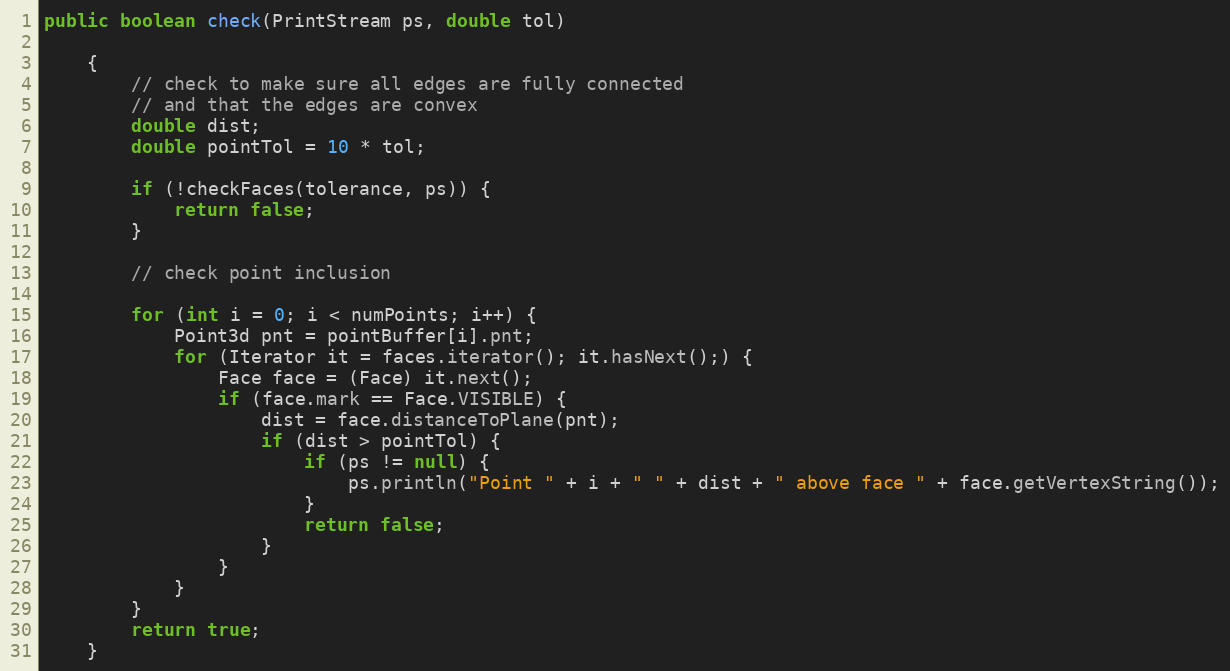
Language: Java
public boolean check(PrintStream ps, double tol)

    {
        // check to make sure all edges are fully connected
        // and that the edges are convex
        double dist;
        double pointTol = 10 * tol;

        if (!checkFaces(tolerance, ps)) {
            return false;
        }

        // check point inclusion

        for (int i = 0; i < numPoints; i++) {
            Point3d pnt = pointBuffer[i].pnt;
            for (Iterator it = faces.iterator(); it.hasNext();) {
                Face face = (Face) it.next();
                if (face.mark == Face.VISIBLE) {
                    dist = face.distanceToPlane(pnt);
                    if (dist > pointTol) {
                        if (ps != null) {
                            ps.println("Point " + i + " " + dist + " above face " + face.getVertexString());
                        }
                        return false;
                    }
                }
            }
        }
        return true;
    }